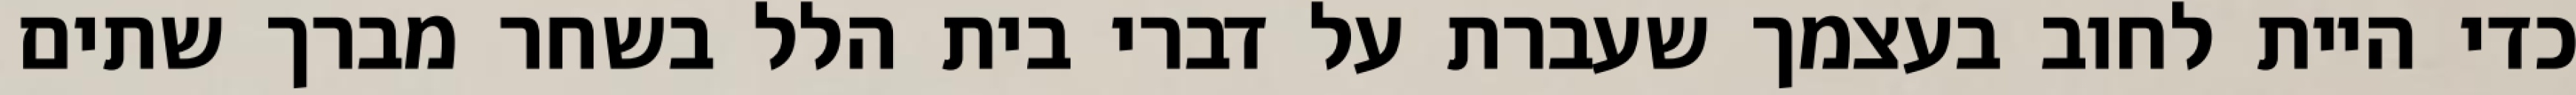
כדי היית לחוב בעצמך שעברת על דברי בית הלל בשחר מברך שתים